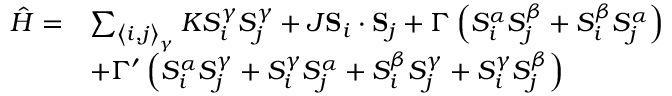
\begin{array} { r l } { \hat { H } = } & { \sum _ { \left\langle i , j \right\rangle _ { \gamma } } K S _ { i } ^ { \gamma } S _ { j } ^ { \gamma } + J \mathbf { S } _ { i } \cdot \mathbf { S } _ { j } + \Gamma \left( S _ { i } ^ { \alpha } S _ { j } ^ { \beta } + S _ { i } ^ { \beta } S _ { j } ^ { \alpha } \right) } \\ & { + \Gamma ^ { \prime } \left( S _ { i } ^ { \alpha } S _ { j } ^ { \gamma } + S _ { i } ^ { \gamma } S _ { j } ^ { \alpha } + S _ { i } ^ { \beta } S _ { j } ^ { \gamma } + S _ { i } ^ { \gamma } S _ { j } ^ { \beta } \right) } \end{array}